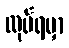
လုပ်ရမှာ